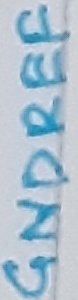
Text: GNDREF